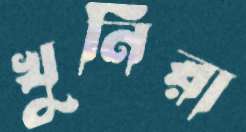
খুনিরা